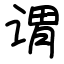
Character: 谓